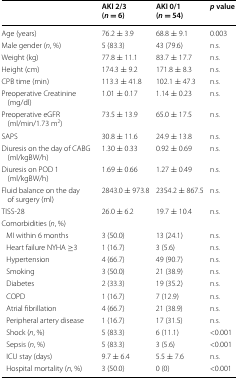
|  | AKI 2/3(n = 6) | AKI 0/1(n = 54) | p value |
 | --- | --- | --- | --- |
 | Age (years) | 76.2 ± 3.9 | 68.8 ± 9.1 | 0.003 |
 | Male gender (n, %) | 5 (83.3) | 43 (79.6) | n.s. |
 | Weight (kg) | 77.8 ± 11.1 | 83.7 ± 17.7 | n.s. |
 | Height (cm) | 174.3 ± 9.2 | 171.8 ± 8.3 | n.s. |
 | CPB time (min) | 113.3 ± 41.8 | 102.1 ± 47.3 | n.s. |
 | Preoperative Creatinine (mg/dl) | 1.01 ± 0.17 | 1.14 ± 0.23 | n.s. |
 | Preoperative eGFR (ml/min/1.73 m2) | 73.5 ± 13.9 | 65.0 ± 17.5 | n.s. |
 | SAPS | 30.8 ± 11.6 | 24.9 ± 13.8 | n.s. |
 | Diuresis on the day of CABG (ml/kgBW/h) | 1.30 ± 0.33 | 0.92 ± 0.69 | n.s. |
 | Diuresis on POD 1 (ml/kgBW/h) | 1.69 ± 0.66 | 1.27 ± 0.49 | n.s. |
 | Fluid balance on the day of surgery (ml) | 2843.0 ± 973.8 | 2354.2 ± 867.5 | n.s. |
 | TISS-28 | 26.0 ± 6.2 | 19.7 ± 10.4 | n.s. |
 | <COLSPAN=4> Comorbidities (n, %) |
 | MI within 6 months | 3 (50.0) | 13 (24.1) | n.s. |
 | Heart failure NYHA ≥3 | 1 (16.7) | 3 (5.6) | n.s. |
 | Hypertension | 4 (66.7) | 49 (90.7) | n.s. |
 | Smoking | 3 (50.0) | 21 (38.9) | n.s. |
 | Diabetes | 2 (33.3) | 19 (35.2) | n.s. |
 | COPD | 1 (16.7) | 7 (12.9) | n.s. |
 | Atrial fibrillation | 4 (66.7) | 21 (38.9) | n.s. |
 | Peripheral artery disease | 1 (16.7) | 17 (31.5) | n.s. |
 | Shock (n, %) | 5 (83.3) | 6 (11.1) | <0.001 |
 | Sepsis (n, %) | 5 (83.3) | 3 (5.6) | <0.001 |
 | ICU stay (days) | 9.7 ± 6.4 | 5.5 ± 7.6 | n.s. |
 | Hospital mortality (n, %) | 3 (50.0) | 0 (0) | <0.001 |